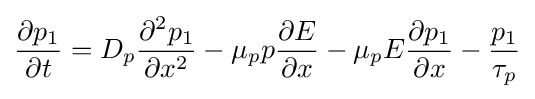
{\frac {\partial p_{1}}{\partial t}}=D_{p}{\frac {\partial ^{2}p_{1}}{\partial x^{2}}}-\mu _{p}p{\frac {\partial E}{\partial x}}-\mu _{p}E{\frac {\partial p_{1}}{\partial x}}-{\frac {p_{1}}{\tau _{p}}}